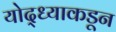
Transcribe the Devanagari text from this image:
योद्ध्याकडून